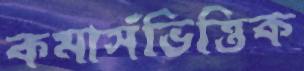
কমার্সভিত্তিক